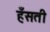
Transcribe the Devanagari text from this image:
हँसती